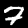
Label: 7